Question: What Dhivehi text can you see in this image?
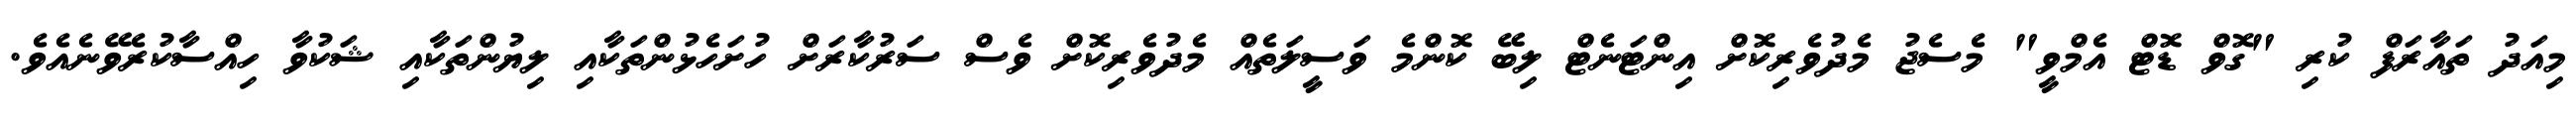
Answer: މިއަދު ތައާރަފް ކުރި "ގޮވް ޑޮޓް އެމްވީ" މެސެޖު މެދުވެރިކޮށް އިންޓަނެޓް ލިބޭ ކޮންމެ ވަސީލަތެއް މެދުވެރިކޮށް ވެސް ސަރުކާރަށް ހުށަހެޅުންތަކާއި ލިޔުންތަކާއި ޝަކުވާ ހިއްސާކުރެވޭނެއެވެ.